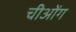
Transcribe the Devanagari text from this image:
चीओंग